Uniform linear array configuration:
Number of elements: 12
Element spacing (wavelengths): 0.5
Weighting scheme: exponential
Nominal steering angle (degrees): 0
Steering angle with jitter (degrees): -1.916
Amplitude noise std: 0.05
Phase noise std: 0.05

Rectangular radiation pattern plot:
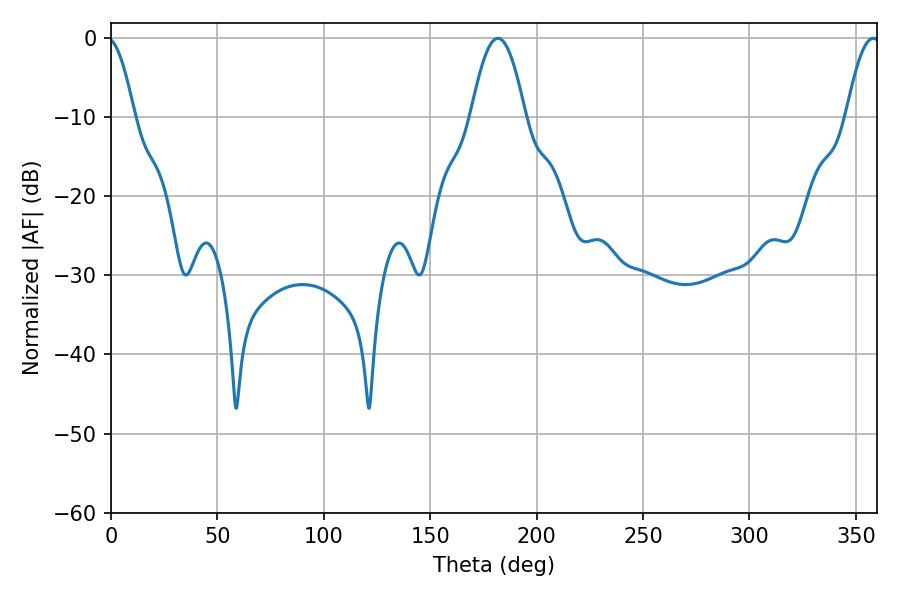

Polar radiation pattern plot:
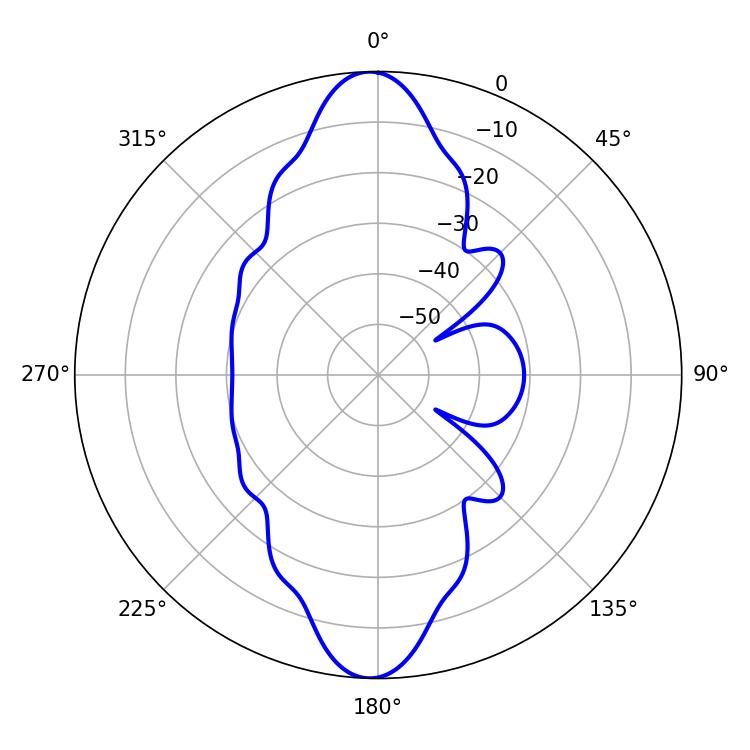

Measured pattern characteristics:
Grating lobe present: FALSE
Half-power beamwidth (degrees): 13.86
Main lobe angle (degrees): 181.8